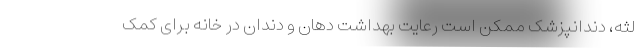
لثه، دندانپزشک ممکن است رعایت بهداشت دهان و دندان در خانه برای کمک